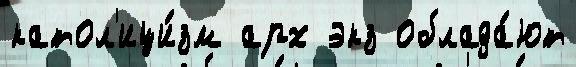
катол'ици́зм арх экз облада́ют